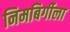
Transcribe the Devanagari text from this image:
निमबिर्गीला